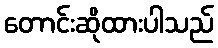
တောင်းဆိုထားပါသည်